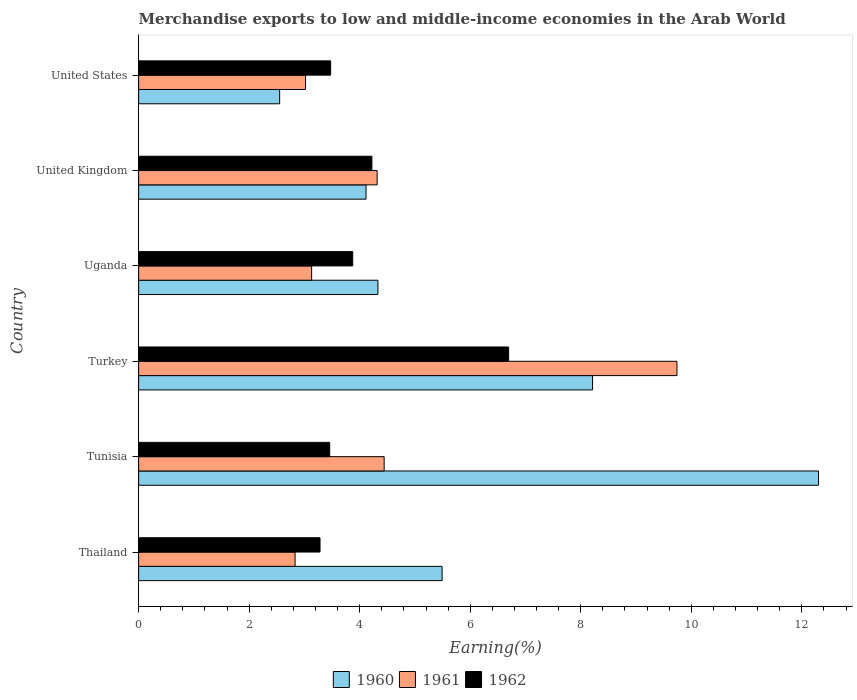
| Country | 1960 | 1961 | 1962 |
 | --- | --- | --- | --- |
 | Thailand | 5.49 | 2.83 | 3.28 |
 | Tunisia | 12.3 | 4.44 | 3.46 |
 | Turkey | 8.21 | 9.74 | 6.69 |
 | Uganda | 4.33 | 3.13 | 3.87 |
 | United Kingdom | 4.11 | 4.32 | 4.22 |
 | United States | 2.55 | 3.02 | 3.47 |